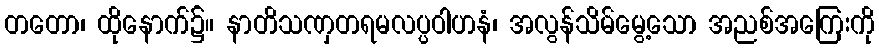
တတော၊ ထိုနောက်၌။ နာတိသဏှတရမလပ္ပဝါဟနံ၊ အလွန်သိမ်မွေ့သော အညစ်အကြေးကို